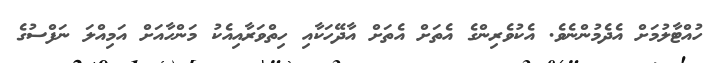
ހުއްޓާލުމަށް އެދެމުންނެވެ. އެކުވެރިންގެ އެތަށް އެތަށް އާދޭހަކާއި ހިތްވަރާއިއެކު މަންހާއަށް އަމިއްލަ ނަފްސުގެ